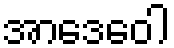
အာဒေဝေါ